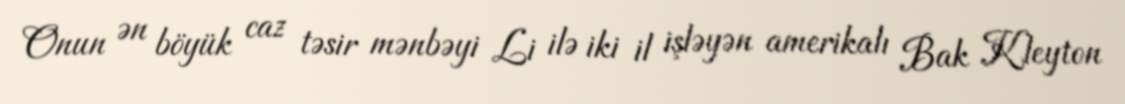
Onun ən böyük caz təsir mənbəyi Li ilə iki il işləyən amerikalı Bak Kleyton